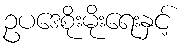
ဥပဒေစိုးမိုးရေးနှင့်